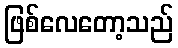
ဖြစ်လေတော့သည်